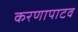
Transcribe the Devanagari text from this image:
करणापाटव